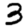
Digit: 3